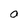
Character: O